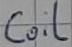
Text: Coil